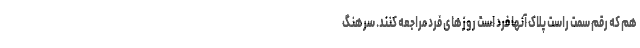
هم که رقم سمت راست پلاک آنها فرد است روزهای فرد مراجعه کنند. سرهنگ